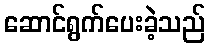
ဆောင်ရွက်ပေးခဲ့သည်